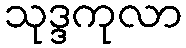
သုဒ္ဒကုလာ